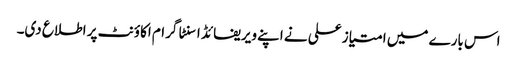
اس بارے میں امتیاز علی نے اپنے ویریفائڈ اسنٹا گرام اکاؤنٹ پر اطلاع دی۔